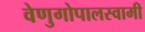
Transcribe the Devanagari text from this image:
वेणुगोपालस्‍वामी